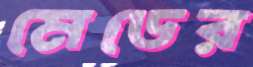
মেডের